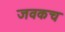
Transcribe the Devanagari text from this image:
जवकच